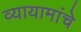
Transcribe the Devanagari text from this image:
व्यायामांचे